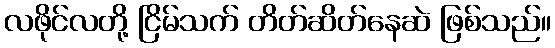
လဖိုင်လတို့ ငြိမ်သက် တိတ်ဆိတ်နေဆဲ ဖြစ်သည်။